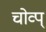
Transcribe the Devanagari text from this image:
चोव्प्